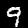
Digit: 9